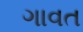
ગાવત